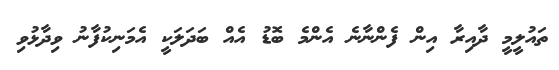
ތައުލީމީ ދާއިރާ އިން ފެންނާނެ އެންމެ ބޮޑު އެއް ބަދަލަކީ އެމަނިކުފާނު ވިދާޅުވި